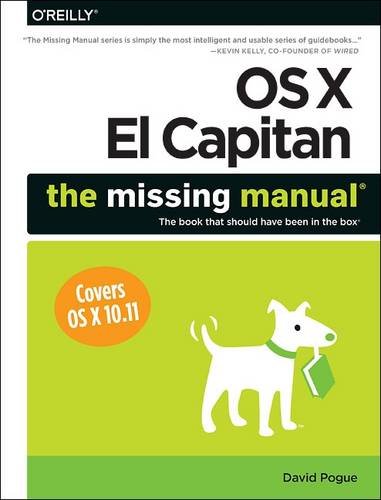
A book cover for OS X El Capitan: The Missing Manual; David Pogue; Computers & Technology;